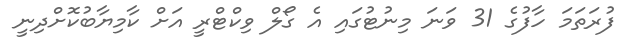
ފުރަތަމަ ހާފުގެ 31 ވަނަ މިނުޓުގައި އެ ގޯލް ވިކްޓްރީ އަށް ކާމިޔާބުކޮށްދިނީ